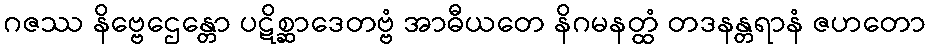
ဂဇဿ နိဗ္ဗေဌေန္တော ပဋိစ္ဆာဒေတဗ္ဗံ အာဓီယတေ နိဂမနတ္ထံ တဒနန္တရာနံ ဇဟတော